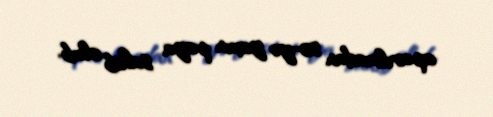
aparılmadan 50-yə yaxın paya sahib olub.